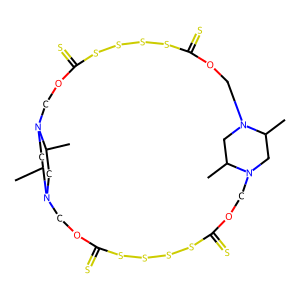
SMILES: CC1CN2COC(=S)SSSSC(=S)OCN3CC(C)N(COC(=S)SSSSC(=S)OCN1CC2C)CC3C
Inhibits HIV replication: No